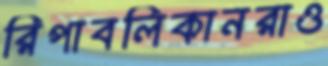
রিপাবলিকানরাও